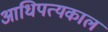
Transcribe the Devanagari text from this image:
आधिपत्यकाल